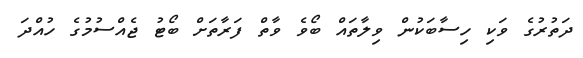
ދަތުރުގެ ވަކި ހިސާބަކުން ވިލާތައް ބޯވެ ވާތް ފަރާތަށް ބޯޓު ޖެއްސުމުގެ ހުއްދަ